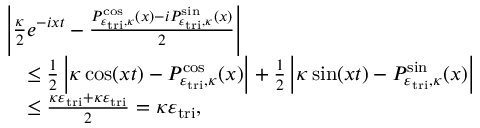
\begin{array} { r l } & { \left| \frac { \kappa } { 2 } e ^ { - i x t } - \frac { P _ { \varepsilon _ { \mathrm { t r i } } , \kappa } ^ { \cos } ( x ) - i P _ { \varepsilon _ { \mathrm { t r i } } , \kappa } ^ { \sin } ( x ) } { 2 } \right| } \\ & { \quad \leq \frac { 1 } { 2 } \left| \kappa \cos ( x t ) - P _ { \varepsilon _ { \mathrm { t r i } } , \kappa } ^ { \cos } ( x ) \right| + \frac { 1 } { 2 } \left| \kappa \sin ( x t ) - P _ { \varepsilon _ { \mathrm { t r i } } , \kappa } ^ { \sin } ( x ) \right| } \\ & { \quad \leq \frac { \kappa \varepsilon _ { \mathrm { t r i } } + \kappa \varepsilon _ { \mathrm { t r i } } } { 2 } = \kappa \varepsilon _ { \mathrm { t r i } } , } \end{array}